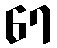
67